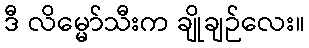
ဒီ လိမ္မော်သီးက ချိုချဉ်လေး။